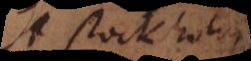
à Stockholm